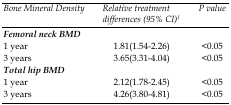
<table><thead><tr><td><b><i>Bone Mineral Density</i></b></td><td><b><i>Relative treatment differences (95% CI)</i><sup>1</sup></b></td><td><b><i>P value</i></b></td></tr></thead><tbody><tr><td><b>Femoral neck BMD</b></td><td></td><td></td></tr><tr><td><b>1 year</b></td><td><b>1.81(1.54-2.26)</b></td><td><b>&lt;0.05</b></td></tr><tr><td><b>3 years</b></td><td><b>3.65(3.31-4.04)</b></td><td><b>&lt;0.05</b></td></tr><tr><td><b>Total hip BMD</b></td><td></td><td></td></tr><tr><td><b>1 year</b></td><td><b>2.12(1.78-2.45)</b></td><td><b>&lt;0.05</b></td></tr><tr><td><b>3 years</b></td><td><b>4.26(3.80-4.81)</b></td><td><b>&lt;0.05</b></td></tr></tbody></table>